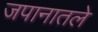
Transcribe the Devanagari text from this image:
जपानातले